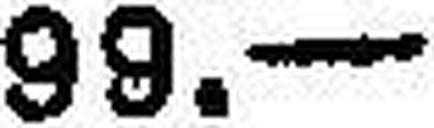
99.—